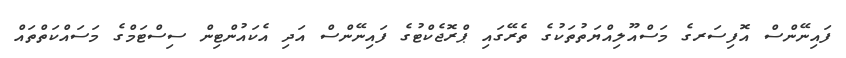
ފައިނޭންސް އޮފިސަރގެ މަސްއޫލިއްޔަތުތަކުގެ ތެރޭގައި ޕްރޮޖެކްޓުގެ ފައިނޭންސް އަދި އެކައުންޓިން ސިސްޓަމްގެ މަސައްކަތްތައް